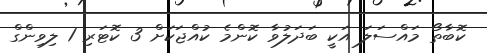
ކޮބާތޯ މައްސަލަ އަކީ ބަދަލުވާ ކޮންމެ ކުއްޖަކަށް 3 ކޮޓަރި 1 ލިވިންގް